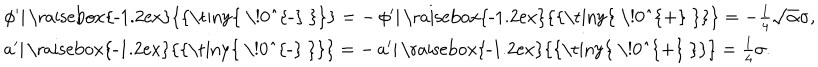
\left. \begin{array} { l } { { \left. \phi ^ { \prime } \right| { \mathrm { \raisebox { - 1 . 2 e x } { { \tiny { ~ \! 0 ^ { - } ~ } } } } } = - \left. \phi ^ { \prime } \right| { \mathrm { \raisebox { - 1 . 2 e x } { { \tiny { ~ \! 0 ^ { + } ~ } } } } } = - \frac { 1 } { 4 } \sqrt { \alpha } \sigma , } } \\ { { \left. a ^ { \prime } \right| { \mathrm { \raisebox { - 1 . 2 e x } { { \tiny { ~ \! 0 ^ { - } ~ } } } } } = - \left. a ^ { \prime } \right| { \mathrm { \raisebox { - 1 . 2 e x } { { \tiny { ~ \! 0 ^ { + } ~ } } } } } = \frac { 1 } { 4 } \sigma . } } \\ \end{array} \right.